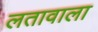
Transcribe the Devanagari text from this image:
लतावाला